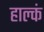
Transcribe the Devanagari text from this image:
हाल्कं